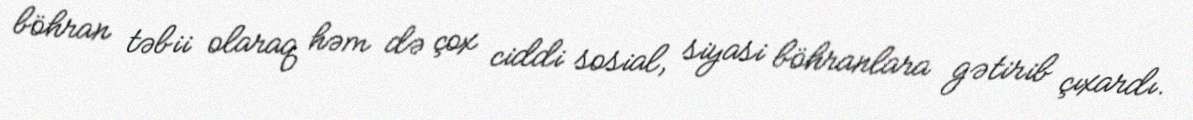
böhran təbii olaraq həm də çox ciddi sosial, siyasi böhranlara gətirib çıxardı.